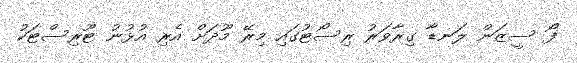
ފޯ ސީޒަން ލަނޑާ ގިރާވަރު ރިސޯޓުގައި މިރޭ މޫދަށް އެރި އުޅުނު ޓޫރިސްޓަކު